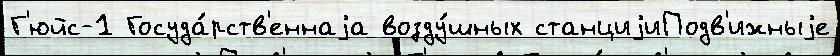
Г'юйс-1 Госуда́рств'еннаjа возду́шных станциjиПодв'ижныjе